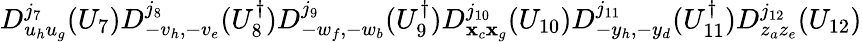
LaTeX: D_{u_{h}u_{g}}^{j_{7}}(U_{7})D_{-v_{h},-v_{e}}^{j_{8}}(U_{8}^{\dagger})D_{-w_{f},-w_{b}}^{j_{9}}(U_{9}^{\dagger})D_{\mathbf{x}_{c}\mathbf{x}_{g}}^{j_{10}}(U_{10})D_{-y_{h},-y_{d}}^{j_{11}}(U_{11}^{\dagger})D_{z_{a}z_{e}}^{j_{12}}(U_{12})